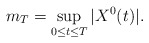
\begin{align*}m_{T}=\sup_{0\leq t\leq T}|X^{0}(t)|. \end{align*}